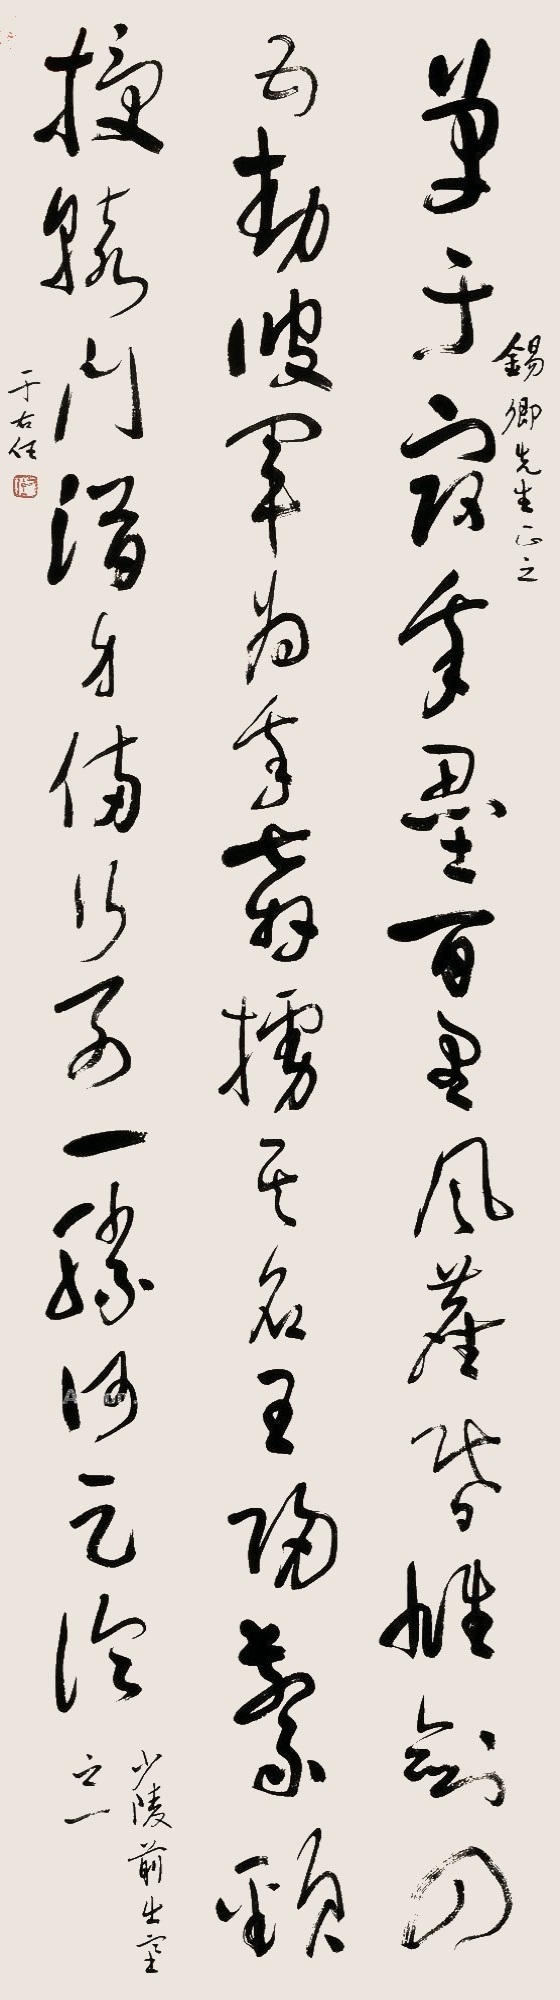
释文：单于寇我垒，百里风尘昏。雄剑四五动，彼军为我奔。虏其名王归，系颈授辕门。潜身备行列，一胜何足论。少陵《前出塞》之一。锡卿先生正之，于右任。